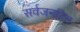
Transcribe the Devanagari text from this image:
सर्वजनहित